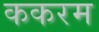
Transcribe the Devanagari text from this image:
ककरम